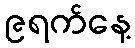
၉ရက်နေ့